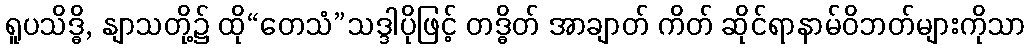
ရူပသိဒ္ဓိ, နျာသတို့၌ ထို“တေသံ”သဒ္ဒါပိုဖြင့် တဒ္ဓိတ် အာချာတ် ကိတ် ဆိုင်ရာနာမ်ဝိဘတ်များကိုသာ